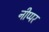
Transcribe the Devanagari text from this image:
नीप्पर